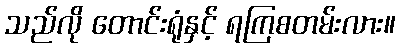
သည်လို တောင်းရုံနှင့် ရကြစတမ်းလား။